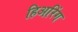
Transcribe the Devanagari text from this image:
हिअरिंग